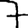
Digit: 7